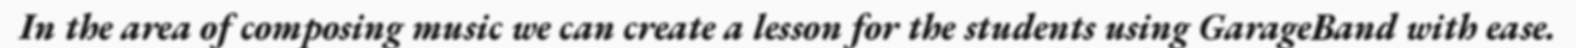
In the area of composing music we can create a lesson for the students using GarageBand with ease.